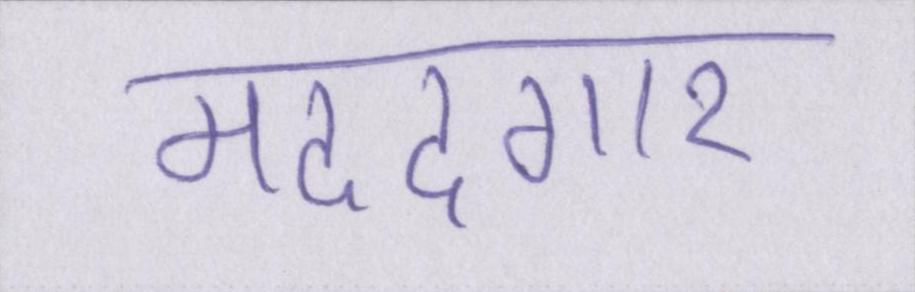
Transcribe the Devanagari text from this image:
मददगार